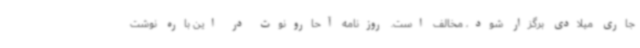
جاری میلادی برگزار شود، مخالف است. روزنامه آحارونوت در این باره نوشت